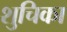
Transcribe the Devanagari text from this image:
शुचिका